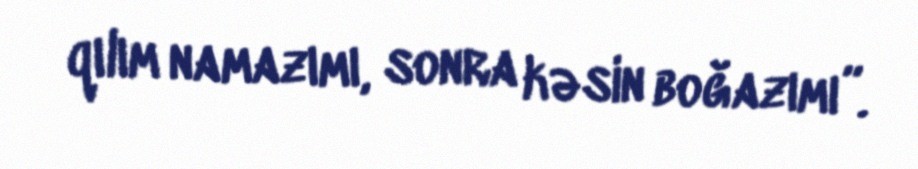
qılım namazımı, sonra kəsin boğazımı”.